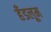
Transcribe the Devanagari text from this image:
हँडलूम